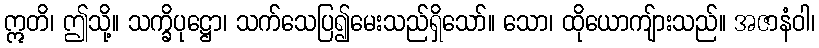
ဣတိ၊ ဤသို့။ သက္ခိပုဋ္ဌော၊ သက်သေပြ၍မေးသည်ရှိသော်။ သော၊ ထိုယောကျ်ားသည်။ အဇာနံဝါ၊